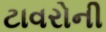
ટાવરોની